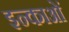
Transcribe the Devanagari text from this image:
इन्काओं